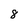
Character: 8